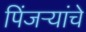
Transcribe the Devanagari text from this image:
पिंजऱ्यांचे